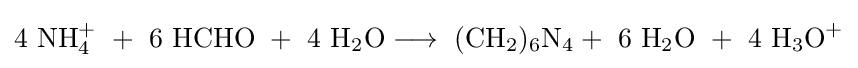
\mathrm {4\ NH_{4}^{+}\ +\ 6\ HCHO\ +\ 4\ H_{2}O\longrightarrow \ (CH_{2})_{6}N_{4}+\ 6\ H_{2}O\ +\ 4\ H_{3}O^{+}}